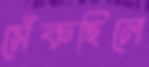
সেঁকছিলে